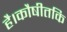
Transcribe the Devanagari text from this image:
है।कौषीतकि